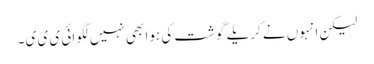
لیکن انہوں نے کریلے گوشت کی ہوا بھی نہیں لگوائی ی ی ی۔